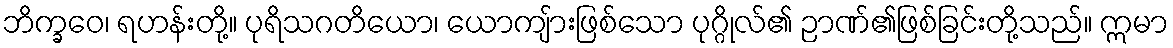
ဘိက္ခဝေ၊ ရဟန်းတို့။ ပုရိသဂတိယော၊ ယောကျ်ားဖြစ်သော ပုဂ္ဂိုလ်၏ ဉာဏ်၏ဖြစ်ခြင်းတို့သည်။ ဣမာ